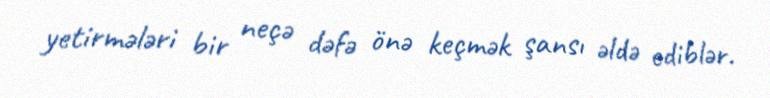
yetirmələri bir neçə dəfə önə keçmək şansı əldə ediblər.